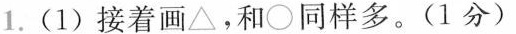
1.(1)接着画△，和\circ同样多。(1分)